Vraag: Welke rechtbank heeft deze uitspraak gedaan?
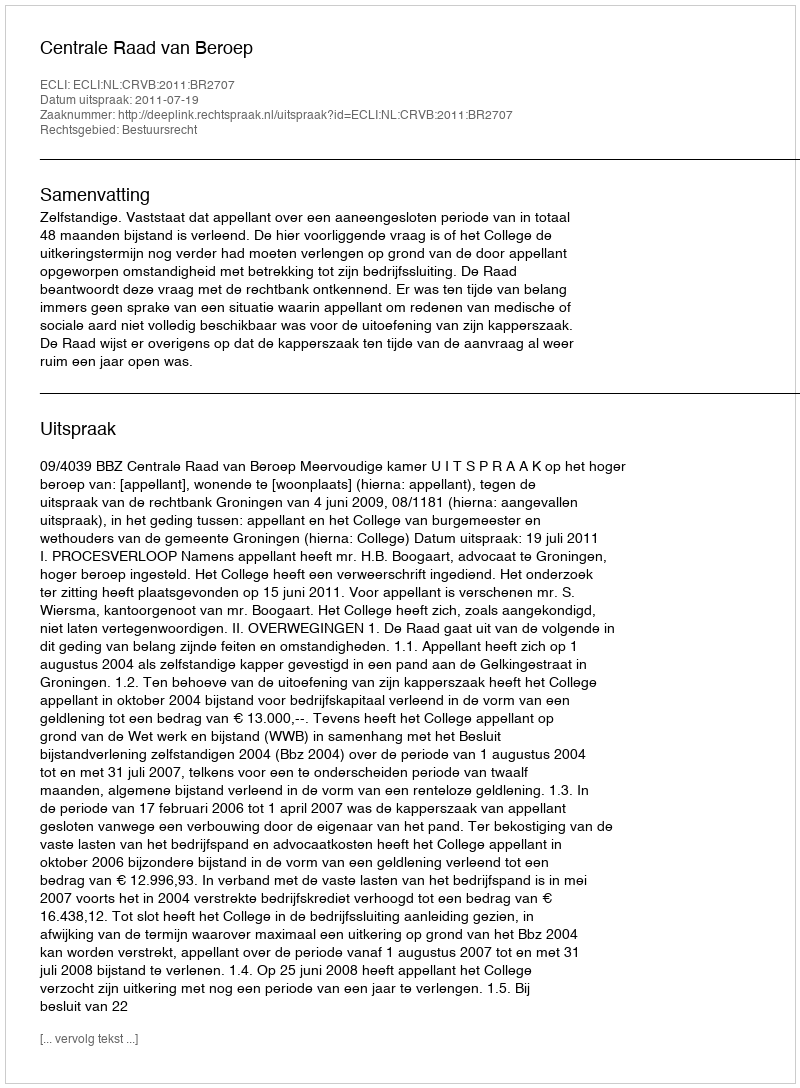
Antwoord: Centrale Raad van Beroep